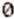
0